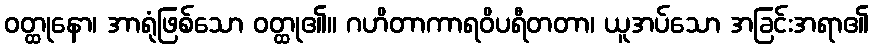
ဝတ္ထုနော၊ အာရုံဖြစ်သော ဝတ္ထု၏။ ဂဟိတာကာရဝိပရီတတာ၊ ယူအပ်သော အခြင်းအရာ၏